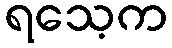
ရသေ့က